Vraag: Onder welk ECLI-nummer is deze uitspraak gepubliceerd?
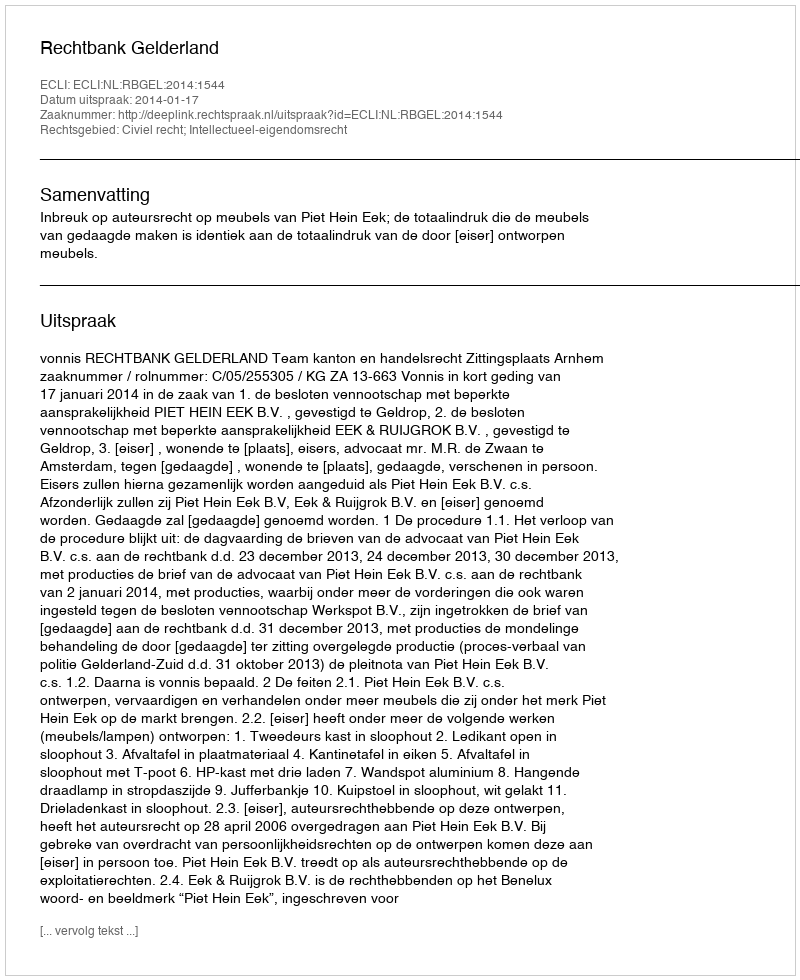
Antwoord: ECLI:NL:RBGEL:2014:1544